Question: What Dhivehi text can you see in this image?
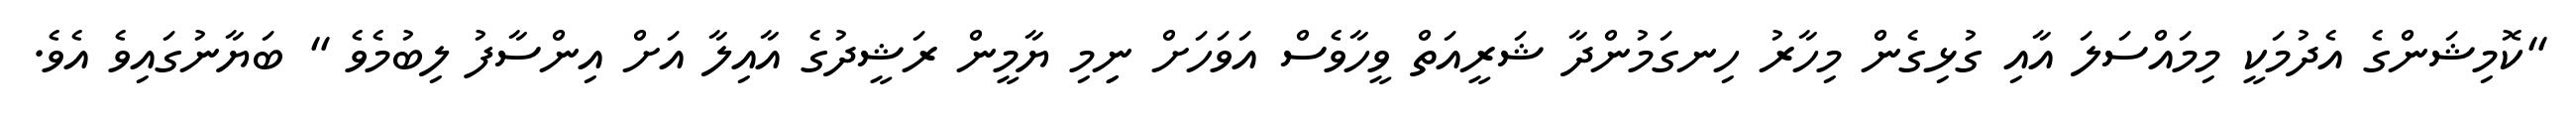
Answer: "ކޮމިޝަންގެ އެދުމަކީ މިމައްސަލަ އާއި ގުޅިގެން މިހާރު ހިނގަމުންދާ ޝަރީއަތް ވީހާވެސް އަވަހަށް ނިިމި ޔާމީން ރަޝީދުގެ އާއިލާ އަށް އިންސާފު ލިބުމެވެ " ބަޔާނުގައިވެ އެވެ.